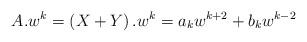
LaTeX: \begin{align*} A.w^k=\left(X+Y\right).w^k=a_kw^{k+2}+b_kw^{k-2}\end{align*}